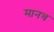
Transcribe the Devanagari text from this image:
मानच